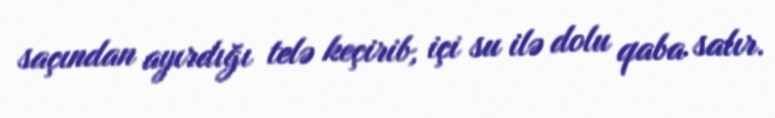
saçından ayırdığı telə keçirib, içi su ilə dolu qaba salır.